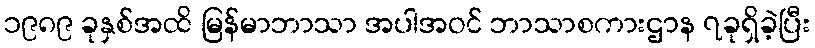
၁၉၈၉ ခုနှစ်အထိ မြန်မာဘာသာ အပါအဝင် ဘာသာစကားဌာန ၇ခုရှိခဲ့ပြီး